Cholera in southern India
Disease focus: Cholera
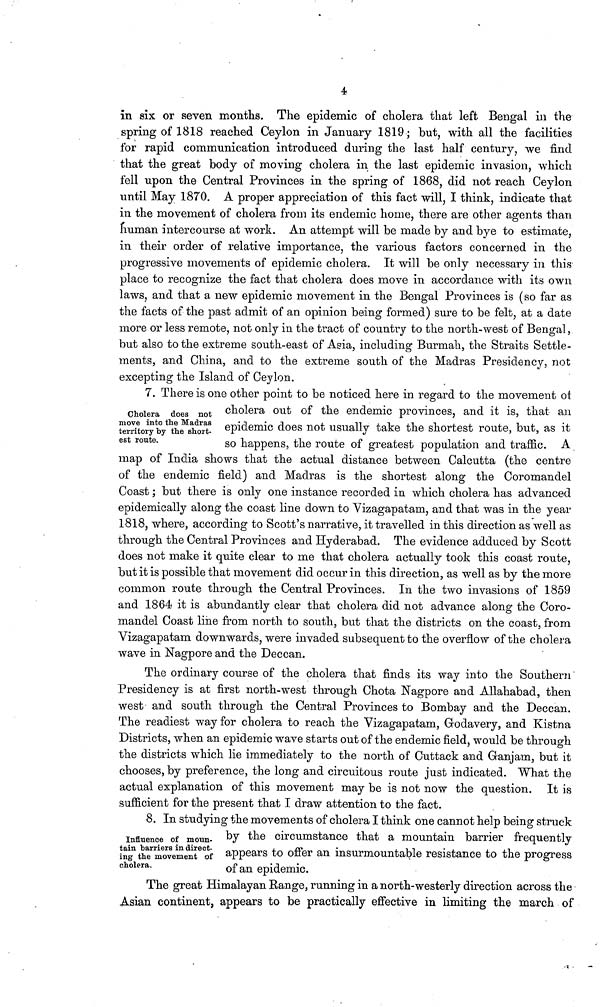
4
in six or seven months. The epidemic of cholera that left Bengal in the
spring of 1818 reached Ceylon in January 1819; but, with all the facilities
for rapid communication introduced during the last half century, we find
that the great body of moving cholera in the last epidemic invasion, which
fell upon the Central Provinces in the spring of 1868, did not reach Ceylon
until May 1870. A proper appreciation of this fact will, I think, indicate that
in the movement of cholera from its endemic home, there are other agents than
human intercourse at work. An attempt will be made by and bye to estimate,
in their order of relative importance, the various factors concerned in the
progressive movements of epidemic cholera. It will be only necessary in this
place to recognize the fact that cholera does move in accordance with its own
laws, and that a new epidemic movement in the Bengal Provinces is (so far as
the facts of the past admit of an opinion being formed) sure to be felt, at a date
more or less remote, not only in the tract of country to the north-west of Bengal,
but also to the extreme south-east of Asia, including Burmah, the Straits Settle-
ments, and China, and to the extreme south of the Madras Presidency, not
excepting the Island of Ceylon.
Cholera does not
move into the Madras
territory by the short-
est route.
7. There is one other point to be noticed here in regard to the movement of
cholera out of the endemic provinces, and it is, that an
epidemic does not usually take the shortest route, but, as it
so happens, the route of greatest population and traffic. A
map of India shows that the actual distance between Calcutta (the centre
of the endemic field) and Madras is the shortest along the Coromandel
Coast ; but there is only one instance recorded in which cholera has advanced
epidemically along the coast line down to Vizagapatarn, and that was in the year
1818, where, according to Scott's narrative, it travelled in this direction as well as
through the Central Provinces and Hyderabad. The evidence adduced by Scott
does not make it quite clear to me that cholera actually took this coast route,
but it is possible that movement did occur in this direction, as well as by the more
common route through the Central Provinces. In the two invasions of 1859
and 1864 it is abundantly clear that cholera did not advance along the Coro-
mandel Coast line from north to south, but that the districts on the coast, from
Vizagapatam downwards, were invaded subsequent to the overflow of the cholera
wave in Nagpore and the Deccan.
The ordinary course of the cholera that finds its way into the Southern
Presidency is at first north-west through Chota Nagpore and Allahabad, then
west and south through the Central Provinces to Bombay and the Deccan.
The readiest way for cholera to reach the Vizagapatam, Godavery, and Kistna
Districts, when an epidemic wave starts out of the endemic field, would be through
the districts which lie immediately to the north of Cuttack and Granjana, but it
chooses, by preference, the long and circuitous route just indicated. What the
actual explanation of this movement may be is not now the question. It is
sufficient for the present that I draw attention to the fact.
Influence of moun-
tain barriers in direct-
ing the movement of
cholera.
8. In studying the movements of cholera I think one cannot help being struck
by the circumstance that a mountain barrier frequently
appears to offer an insurmountable resistance to the progress
of an epidemic.
The great Himalayan Range, running in a north-westerly direction across the
Asian continent, appears to be practically effective in limiting the march of